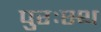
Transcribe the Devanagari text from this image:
पुरःस्थ